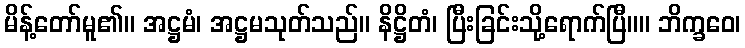
မိန့်တော်မူ၏။ အဋ္ဌမံ၊ အဋ္ဌမသုတ်သည်။ နိဋ္ဌိတံ၊ ပြီးခြင်းသို့ရောက်ပြီ။။ ဘိက္ခဝေ၊